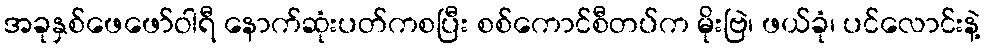
အခုနှစ်ဖေဖော်ဝါရီ နောက်ဆုံးပတ်ကစပြီး စစ်ကောင်စီတပ်က မိုးဗြဲ၊ ဖယ်ခုံ၊ ပင်လောင်းနဲ့